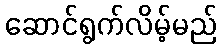
ဆောင်ရွက်လိမ့်မည်